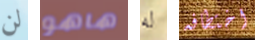
لن هاهو له اختطافه